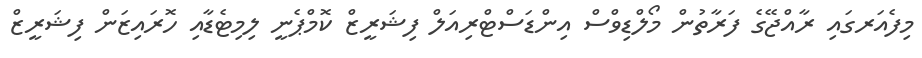
މިފެއަރގައި ރާއްޖޭގެ ފަރާތުން މޯލްޑިވްސް އިންޑަސްޓްރިއަލް ފިޝަރީޒް ކޮމްޕެނީ ލިމިޓެޑާއި ހޮރައިޒަން ފިޝަރީޒް